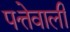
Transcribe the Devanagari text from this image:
पत्तेवाली